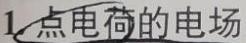
1. 点电荷的电场